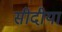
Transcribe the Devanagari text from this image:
सीदीया